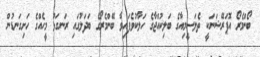
ބޯންމެރޯ އޮޕަރޭޝަނަކީ ތެލަސީމިއާގެ ބަލިކުއްޖާގެ ހަލާކުވެފައިވާ ބޭންމެރޯގެ ބަދަލުގައި ރަނގަޅު މީހެއްގެ ހަށިގަނޑުން